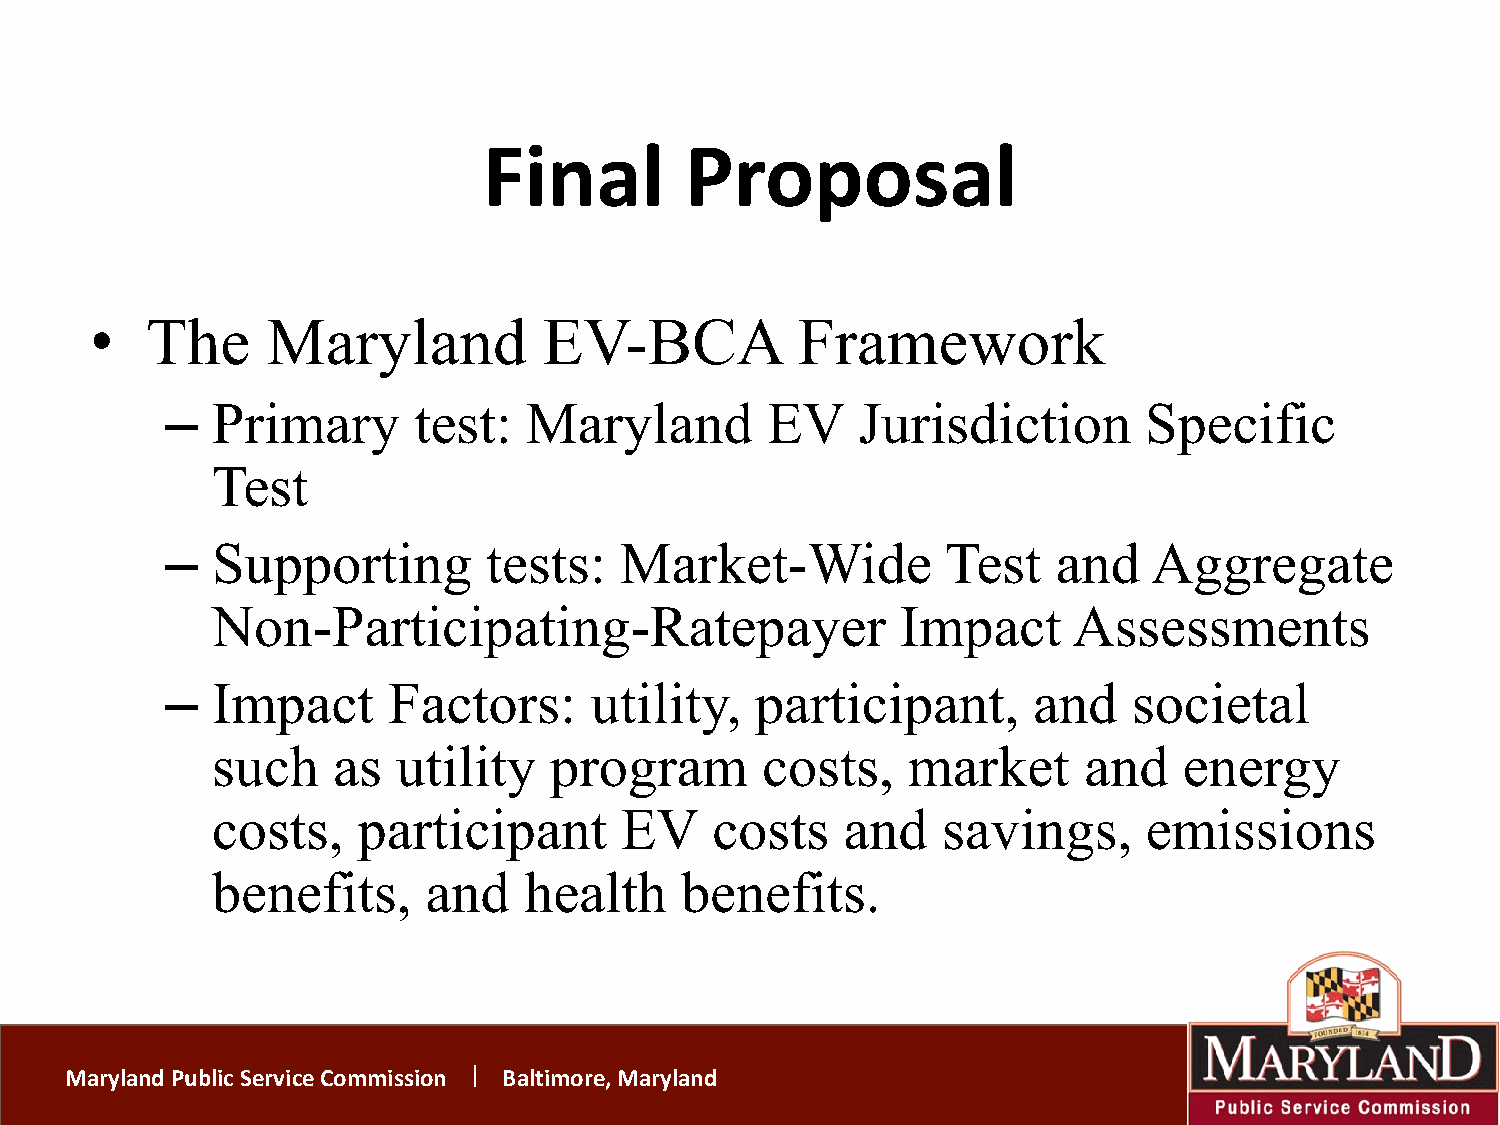
Final        Proposal
 •   The     Maryland          EV-BCA           Framework
 –  Primary      test:   Maryland        EV    Jurisdiction       Specific
 Test
 –  Supporting        tests:   Market-Wide           Test   and   Aggregate
 Non-Participating-Ratepayer                   Impact     Assessments
 –  Impact      Factors:     utility,   participant,      and    societal
 such    as  utility   program       costs,    market      and   energy
 costs,    participant      EV    costs    and   savings,      emissions
 benefits,     and    health    benefits.
 Maryland Public Service Commission Baltimore, Maryland